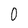
Character: 0